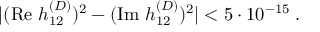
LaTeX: | ( \mathrm { R e } ~ h _ { 1 2 } ^ { ( D ) } ) ^ { 2 } - ( \mathrm { I m } ~ h _ { 1 2 } ^ { ( D ) } ) ^ { 2 } | < 5 \cdot 1 0 ^ { - 1 5 } \; .